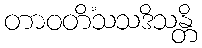
တာဝတိံသသဒိသန္တိ